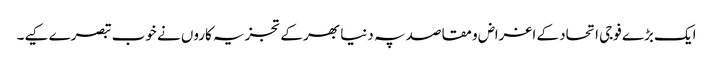
ایک بڑے فوجی اتحاد کے اغراض و مقاصد پہ دنیا بھر کے تجزیہ کاروں نے خوب تبصرے کیے۔